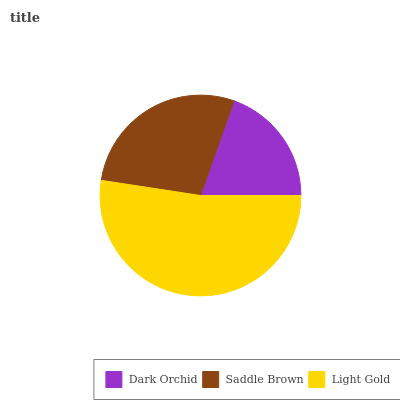
| Dark Orchid | Saddle Brown | Light Gold |
 | --- | --- | --- |
 | 19.6% | 28% | 52.4% |